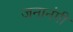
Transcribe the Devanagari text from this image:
जनानंगी